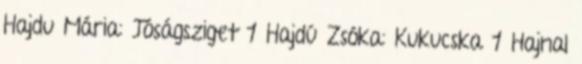
Hajdu Mária: Jóságsziget 1 Hajdú Zsóka: Kukucska 1 Hajnal